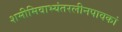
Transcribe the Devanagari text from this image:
शमीमिवाभ्यंतरलीनपावकां